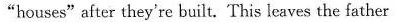
"houses"after they're built. This leaves the father